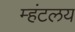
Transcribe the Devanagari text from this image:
म्हंटलय